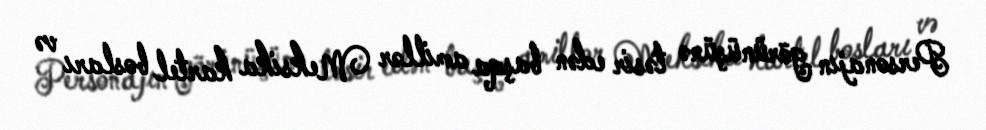
Personajın görünüşünə təsir edən başqa amillər Meksika kartel bosları və